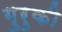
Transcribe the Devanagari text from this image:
गुरुकी